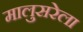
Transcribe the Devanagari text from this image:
मालुसरेला